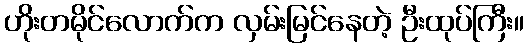
ဟိုးတမိုင်လောက်က လှမ်းမြင်နေတဲ့ ဦးထုပ်ကြီး။